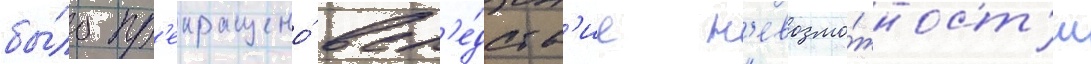
бы́ло пр'екращено́ всл'е́дств'ие н'евозмо́жност'и